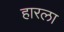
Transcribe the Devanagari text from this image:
हारला